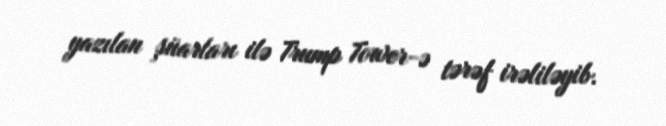
yazılan şüarları ilə Trump Tower-ə tərəf irəliləyib.